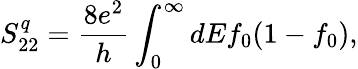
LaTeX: S_{22}^{q}=\frac{8e^{2}}{h}\int_{0}^{\infty}dEf_{0}(1-f_{0}),